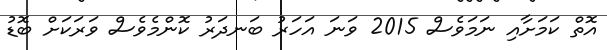
އޮތް ކަމަށާއި ނަމަވެސް 2015 ވަނަ އަހަރު ބަނދަރު ކޮންމެވެސް ވަރަކަށް ބޮޑު